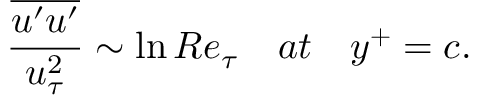
\frac { \overline { { u ^ { \prime } u ^ { \prime } } } } { u _ { \tau } ^ { 2 } } \sim \ln R e _ { \tau } \quad a t \quad y ^ { + } = c .